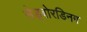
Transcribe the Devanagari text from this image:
सेड्बोरडिनग